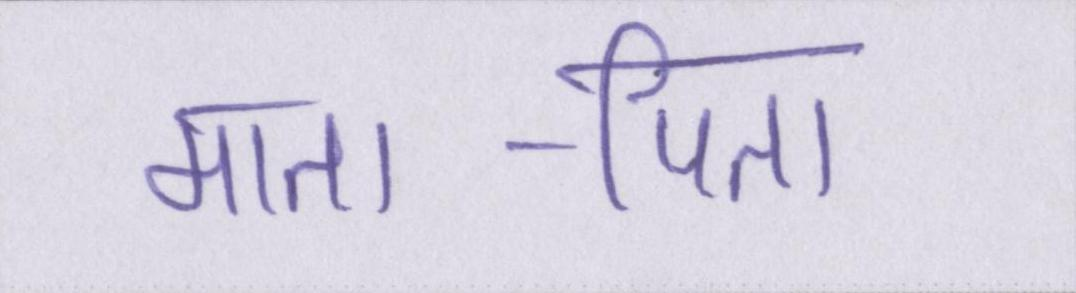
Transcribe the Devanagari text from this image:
माता-पिता